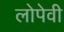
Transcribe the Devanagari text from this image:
लोपेवी